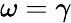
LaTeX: \omega=\gamma